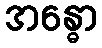
အန္ဓော